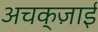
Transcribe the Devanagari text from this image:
अचक्ज़ाई